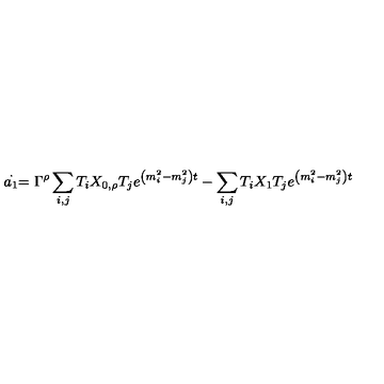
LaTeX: \stackrel { . } { a _ { 1 } } = \Gamma ^ { \rho } \sum _ { i , j } T _ { i } X _ { 0 , \rho } T _ { j } e ^ { \left( m _ { i } ^ { 2 } - m _ { j } ^ { 2 } \right) t } - \sum _ { i , j } T _ { i } X _ { 1 } T _ { j } e ^ { \left( m _ { i } ^ { 2 } - m _ { j } ^ { 2 } \right) t }